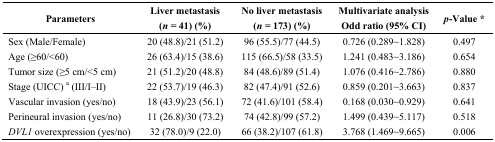
| Parameters | Liver metastasis (n = 41) (%) | No liver metastasis (n = 173) (%) | Multivariate analysis Odd ratio (95% CI) | p-Value * |
 | --- | --- | --- | --- | --- |
 | Sex (Male/Female) | 20 (48.8)/21 (51.2) | 96 (55.5)/77 (44.5) | 0.726 (0.289~1.828) | 0.497 |
 | Age (≥60/<60) | 26 (63.4)/15 (38.6) | 115 (66.5)/58 (33.5) | 1.241 (0.483~3.186) | 0.654 |
 | Tumor size (≥5 cm/<5 cm) | 21 (51.2)/20 (48.8) | 84 (48.6)/89 (51.4) | 1.076 (0.416~2.786) | 0.880 |
 | Stage (UICC) a (III/I–II) | 22 (53.7)/19 (46.3) | 82 (47.4)/91 (52.6) | 0.859 (0.201~3.663) | 0.837 |
 | Vascular invasion (yes/no) | 18 (43.9)/23 (56.1) | 72 (41.6)/101 (58.4) | 0.168 (0.030~0.929) | 0.641 |
 | Perineural invasion (yes/no) | 11 (26.8)/30 (73.2) | 74 (42.8)/99 (57.2) | 1.499 (0.439~5.117) | 0.518 |
 | DVL1 overexpression (yes/no) | 32 (78.0)/9 (22.0) | 66 (38.2)/107 (61.8) | 3.768 (1.469~9.665) | 0.006 |